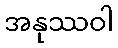
အနုဿဝါ